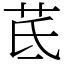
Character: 茋